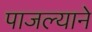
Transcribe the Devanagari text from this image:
पाजल्याने